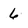
Character: 6